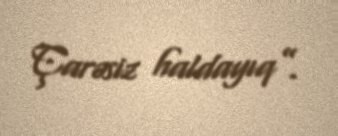
Çarəsiz haldayıq”.